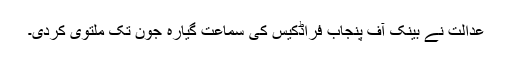
عدالت نے بینک آف پنجاب فراڈکیس کی سماعت گیارہ جون تک ملتوی کردی۔